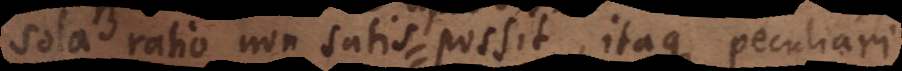
sola ratio non satis possit, itaque peculiari